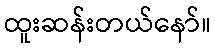
ထူးဆန်းတယ်နော်။